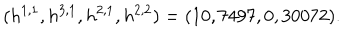
LaTeX: ( h ^ { 1 , 1 } , h ^ { 3 , 1 } , h ^ { 2 , 1 } , h ^ { 2 , 2 } ) = ( 1 0 , 7 4 9 7 , 0 , 3 0 0 7 2 ) .